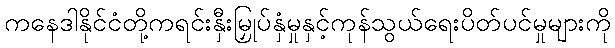
ကနေဒါနိုင်ငံတို့ကရင်းနှီးမြှုပ်နှံမှုနှင့်ကုန်သွယ်ရေးပိတ်ပင်မှုများကို